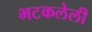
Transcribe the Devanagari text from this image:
भटकलेली